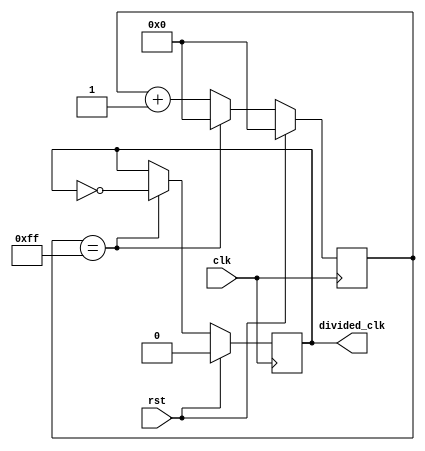
module frequency_divider (
    input wire clk,
    input wire rst,
    output reg divided_clk
);

reg [7:0] counter;

always @(posedge clk) begin
    if (rst) begin
        counter <= 8'b00000000;
        divided_clk <= 1'b0;
    end else if (counter == 8'b11111111) begin
        counter <= 8'b00000000;
        divided_clk <= ~divided_clk;
    end else begin
        counter <= counter + 1;
    end
end

endmodule